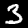
Label: 3